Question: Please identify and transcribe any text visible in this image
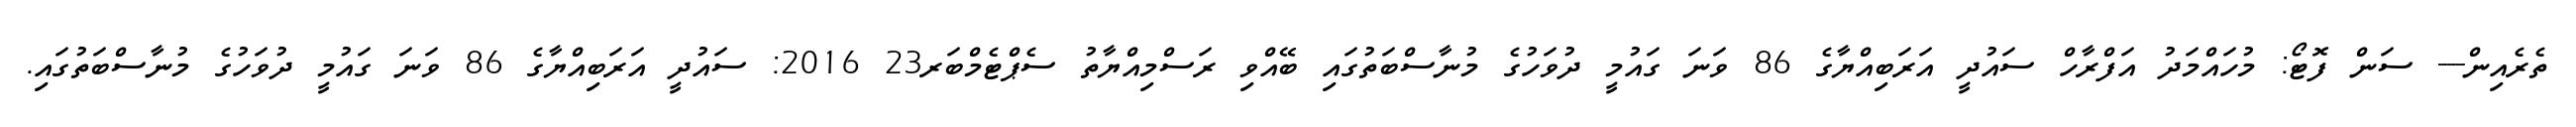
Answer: ތެރެއިން--- ސަން ފޮޓޯ: މުހައްމަދު އަފްރާހް ސައުދީ އަރަބިއްޔާގެ 86 ވަނަ ގައުމީ ދުވަހުގެ މުނާސްބަތުގައި ބޭއްވި ރަސްމިއްޔާތު ސެޕްޓެމްބަރ23 2016: ސައުދީ އަރަބިއްޔާގެ 86 ވަނަ ގައުމީ ދުވަހުގެ މުނާސްބަތުގައި.